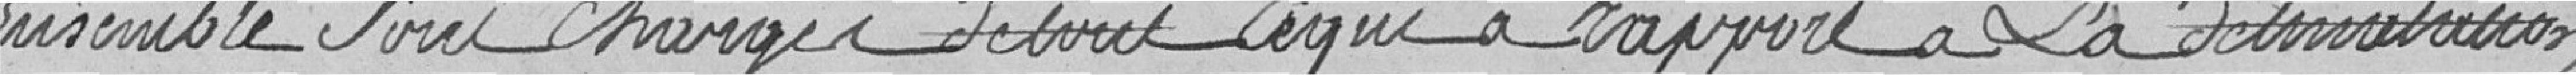
ensemble sont chargés de tout ce qui a rapport à la délimitation